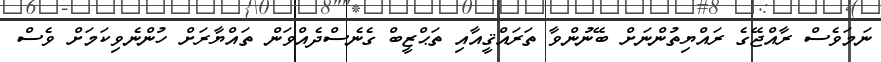
ނަމަވެސް ރާއްޖޭގެ ރައްޔިތުންނަށް ބޭނުންވާ ތަރައްޤީއާއި ތަޙްޒީބް ގެނެސްދެއްވަން ތައްޔާރަށް ހުންނެވިކަމަށް ވެސް